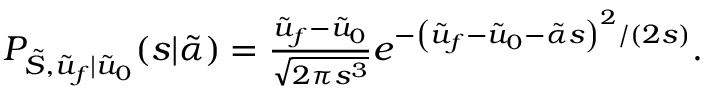
\begin{array} { r } { P _ { \tilde { S } , \tilde { u } _ { f } | \tilde { u } _ { 0 } } ( s | \tilde { \alpha } ) = \frac { \tilde { u } _ { f } - \tilde { u } _ { 0 } } { \sqrt { 2 \pi s ^ { 3 } } } e ^ { - \left( \tilde { u } _ { f } - \tilde { u } _ { 0 } - \tilde { \alpha } s \right) ^ { 2 } / \left( 2 s \right) } . } \end{array}